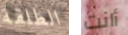
الطلقة أانت